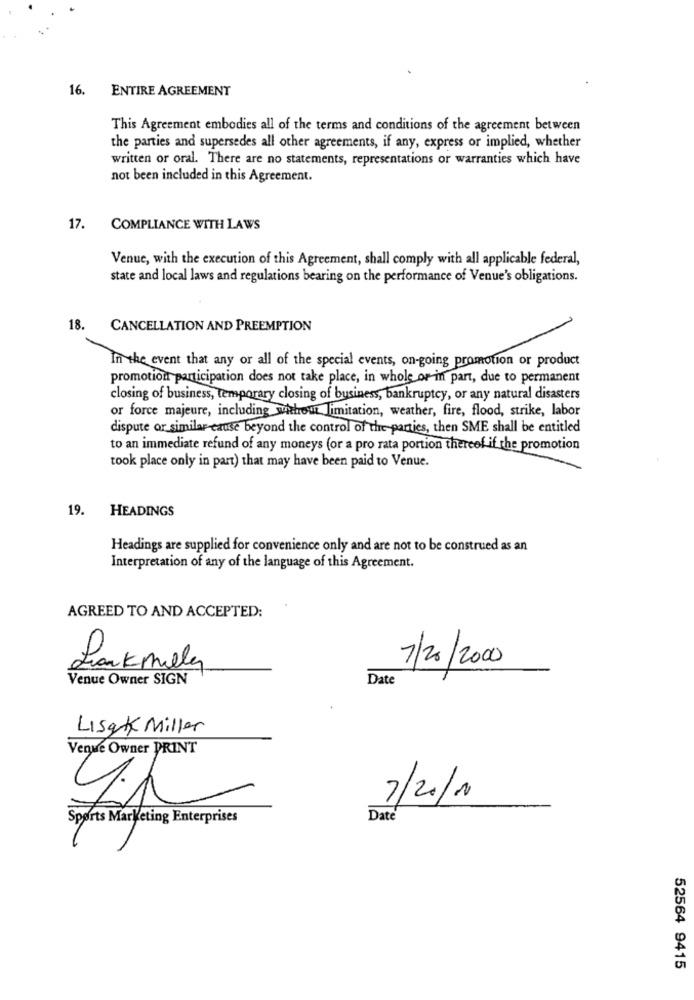
16.
ENTIRE AGREEMENT
This Agreement embodies all of the terms and conditions of the agreement between
the parties and supersedes all other agreements, if any, express or implied, whether
written or oral. There are no statements, representations or warranties which have
not been included in this Agreement.
17.
COMPLIANCE WITH LAWS
Venue, with the execution of this Agreement, shall comply with all applicable federal,
state and local laws and regulations bearing on the performance of Venue's obligations.
18.
CANCELLATION AND PREEMPTION
In the event that any or all of the special events, on-going promotion or product
promotion participation does not take place, in whole or in part, due to permanent
closing of business, temporary closing of business, bankruptcy, or any natural disasters
or force majeure, including without limitation, weather, fire, flood, strike, labor
dispute or similar-cause beyond the control of the parties, then SME shall be entitled
to an immediate refund of any moneys (or a pro rata portion thereof if the promotion
took place only in part) that may have been paid to Venue.
19.
HEADINGS
Headings are supplied for convenience only and are not to be construed as an
Interpretation of any of the language of this Agreement.
AGREED TO AND ACCEPTED:
7/20/2000
Lankmely
Venue Owner SIGN
Date
Lisak Miller
Venue Owner PRINT
7/20/10
Sports Marketing Enterprises
Date
52564 9415